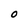
Character: O